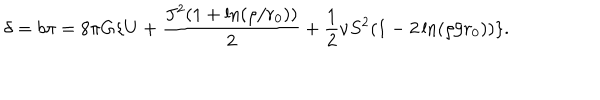
\delta = b \pi = 8 \pi G \{ U + \frac { J ^ { 2 } ( 1 + \ln ( \rho / r _ { 0 } ) ) } { 2 } + \frac { 1 } { 2 } \nu S ^ { 2 } ( 1 - 2 \ln ( \rho / r _ { 0 } ) ) \} .